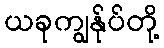
ယခုကျွန်ုပ်တို့